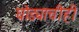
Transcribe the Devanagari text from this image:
घोड्याचीही